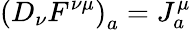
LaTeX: \left(D_{\nu}F^{\nu\mu}\right)_{a}=J_{a}^{\mu}